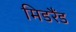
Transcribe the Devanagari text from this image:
मिडरैंड